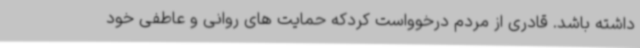
داشته باشد. قادری از مردم درخوواست کردکه حمایت های روانی و عاطفی خود